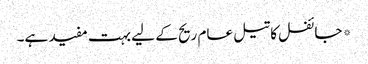
*جائفل کا تیل عام ریح کے لیے بہت مفید ہے۔